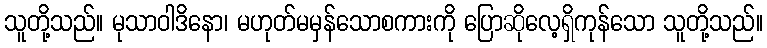
သူတို့သည်။ မုသာဝါဒိနော၊ မဟုတ်မမှန်သောစကားကို ပြောဆိုလေ့ရှိကုန်သော သူတို့သည်။